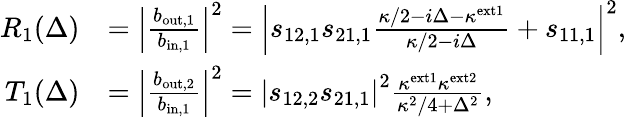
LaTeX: \begin{array}{rl}{R_{1}(\Delta)}&{=\left|\frac{b_{\mathrm{out,1}}}{b_{\mathrm{in,1}}}\right|^{2}=\left|s_{12,1}s_{21,1}\frac{\kappa/2-i\Delta-\kappa^{\mathrm{ext1}}}{\kappa/2-i\Delta}+s_{11,1}\right|^{2},}\\ {T_{1}(\Delta)}&{=\left|\frac{b_{\mathrm{out,2}}}{b_{\mathrm{in,1}}}\right|^{2}=\left|s_{12,2}s_{21,1}\right|^{2}\frac{\kappa^{\mathrm{ext1}}\kappa^{\mathrm{ext2}}}{\kappa^{2}/4+\Delta^{2}},}\end{array}